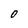
Character: 0